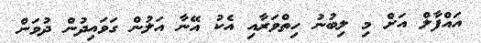
އައްފާލް އަށް މި ލިބުނު ހިތްވަރާއި އެކު އޭނާ އަލުން ގަވައިދުން ދުވަން